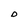
Character: D